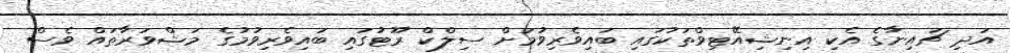
އަދި ޗައިނާގެ އެކި އިނިޝިއޭޓިވްތަކުގައި ބައިވެރިވުމަށް ސިލްކް ރޫޓުގައި ބައިވެރިވުމުގެ މަޝްވަރާތައް ވެސް